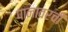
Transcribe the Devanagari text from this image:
पानावरची